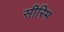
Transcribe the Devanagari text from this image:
सीरिम